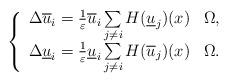
LaTeX: \begin{align*} \left \{ \begin{array}{llll} \Delta \overline{u}_{i} = \frac{ 1 }{\varepsilon} \overline{u}_{i} \sum\limits_{j \neq i} H( \underline{u}_{j} ) (x) & \Omega,\\ \Delta \underline{u}_{i} = \frac{ 1 }{\varepsilon} \underline{u}_{i} \sum\limits_{j \neq i} H( \overline{u}_{j} ) (x) & \Omega. \end{array} \right. \end{align*}